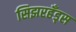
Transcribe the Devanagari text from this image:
सिझरहँड्स